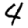
Digit: 4